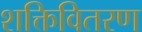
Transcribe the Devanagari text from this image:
शक्तिवितरण